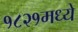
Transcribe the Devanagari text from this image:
१८२१मध्ये